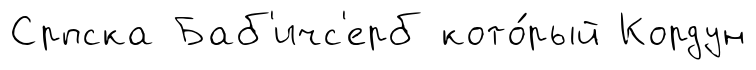
Српска Баб'ичс'ерб кото́рый Кордун